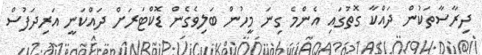
ދިރާސާތަކުން ދައްކާ ގޮތުގައި އެންމެ ގިނަ މީހުން ބަލިވެގެން ޑޮކްޓަރަށް ދައްކަނީ އަރިދަފުސް